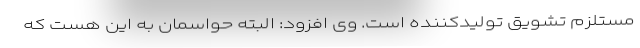
مستلزم تشویق تولیدکننده است. وی افزود: البته حواسمان به این هست که